Malaria in India - Number 2
Disease focus: Malaria
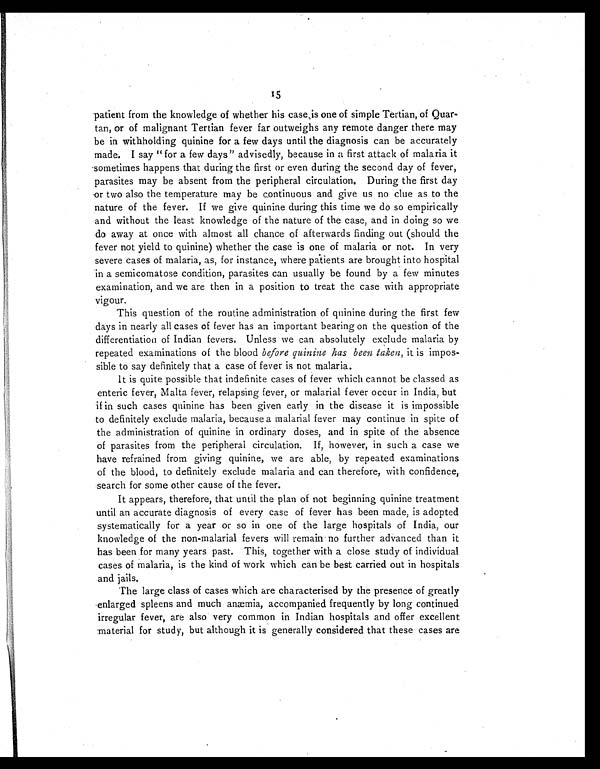
5
patient from the knowledge of whether his case is one of simple Tertian, of Quar-
tan, or of malignant Tertian fever far outweighs any remote danger there may
be in withholding quinine for a few days until the diagnosis can be accurately
made. I say "for a few days" advisedly, because in a first attack of malaria it
sometimes happens that during the first or even during the second day of fever,
parasites may be absent from the peripheral circulation. During the first day
or two also the temperature may be continuous and give us no clue as to the
nature of the fever. If we give quinine during this time we do so empirically
and without the least knowledge of the nature of the case, and in doing so we
do away at once with almost all chance of afterwards finding out (should the
fever not yield to quinine) whether the case is one of malaria or not. In very
severe cases of malaria, as, for instance, where patients are brought into hospital
in a semicomatose condition, parasites can usually be found by a few minutes
examination, and we are then in a position to treat the case with appropriate
vigour.
This question of the routine administration of quinine during the first few
days in nearly all cases of fever has an important bearing on the question of the
differentiation of Indian fevers. Unless we can absolutely exclude malaria by
repeated examinations of the blood before quinine has been taken, it is impos-
sible to say definitely that a case of fever is not malaria.
I t i s q u i t e p o s s i b l e t h a t i n d e f i n i t e c a s e s o f f e v e r w h i c h c a n n o t b e c l a s s e d a s
enteric fever, Malta fever, relapsing fever, or malarial f ever occur in India, but
if in such cases quinine has been given early in the disease it is impossible
to definitely exclude malaria, because a malarial fever may continue in spite of
the administration of quinine in ordinary doses, and in spite of the absence
of parasites from the peripheral circulation. If, however, in such a case we
have refrained from giving quinine, we are able, by repeated examinations
of the blood, to definitely exclude malaria and can therefore, with confidence,
search for some other cause of the fever.
It appears, therefore, that until the plan of not beginning quinine treatment
until an accurate diagnosis of every case of fever has been made, is adopted
systematically for a year or so in one of the large hospitals of India, our
knowledge of the non-malarial fevers will remain no further advanced than it
has been for many years past. This, together with a close study of individual
cases of malaria, is the kind of work which can be best carried out in hospitals
and jails.
The large class of cases which are characterised by the presence of greatly
enlarged spleens and much anæmia, accompanied frequently by long continued
irregular fever, are also very common in Indian hospitals and offer excellent
material for study, but although it is generally considered that these cases are